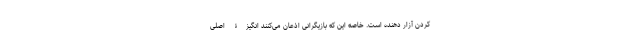
کردن آزار دهنده است. خاصه این که بازیگرانی اذعان می‌کنند انگیزۀ اصلی